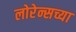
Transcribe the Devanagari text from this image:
लोरेन्सच्या